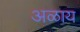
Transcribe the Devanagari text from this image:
अळाय